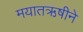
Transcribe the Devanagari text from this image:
मयातऋषीने